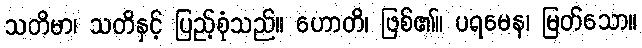
သတိမာ၊ သတိနှင့် ပြည့်စုံသည်။ ဟောတိ၊ ဖြစ်၏။ ပရမေန၊ မြတ်သော။